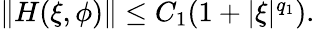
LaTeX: \begin{array}{r}{\| H(\xi,\phi)\| \le C_{1}(1+|\xi|^{q_{1}}).}\end{array}